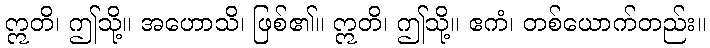
ဣတိ၊ ဤသို့။ အဟောသိ၊ ဖြစ်၏။ ဣတိ၊ ဤသို့။ ဧကံ၊ တစ်ယောက်တည်း။